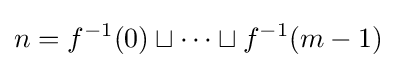
n=f^{-1}(0)\sqcup \cdots \sqcup f^{-1}(m-1)